Civil Veterinary Department Bihar reports 1936-40 - 1936-1940
Year: 1936
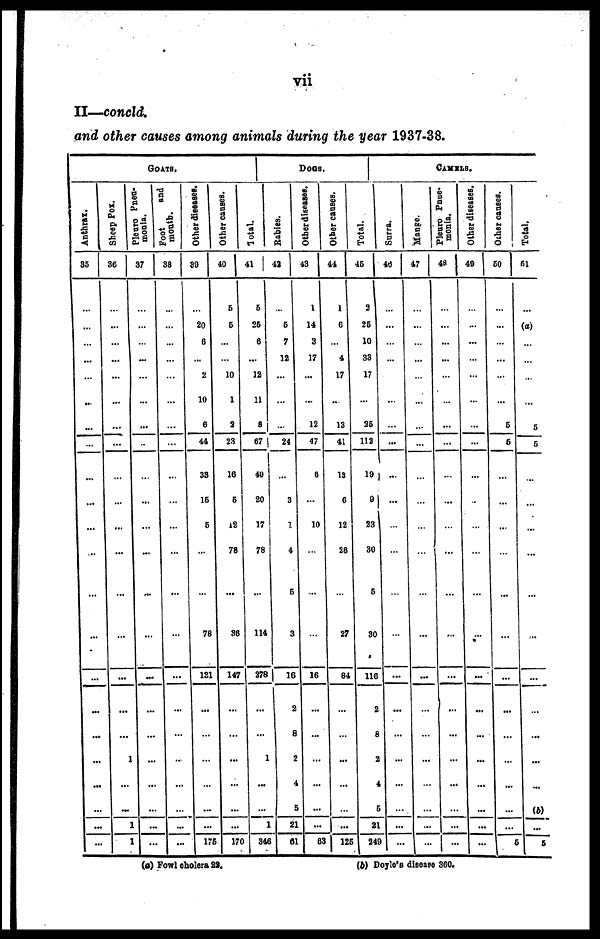
vii
II—concld.
and other causes among animals during the year 1937-38.
GOATS.
Anthrax.
35
...
...
...
...
...
...
...
...
...
...
...
...
...
...
...
...
...
...
...
...
...
...
Sheep Pox.
36
...
...
...
...
...
...
...
...
...
...
...
...
...
...
...
...
...
1
...
...
1
1
monia.
37
...
...
...
...
...
...
...
...
...
...
...
...
...
...
...
...
...
...
...
...
...
...
Foot
and
mouth.
38
...
...
...
...
...
...
...
...
...
...
...
...
...
...
...
...
...
...
...
...
...
...
Other diseases.
39
...
20
6
...
2
10
6
44
33
16
5
...
...
78
131
...
...
...
...
...
...
175
Other causes.
40
6
5
...
...
10
1
2
23
16
6
l2
78
...
36
147
...
...
...
...
...
...
170
Total.
41
6
26
6
...
12
11
8
67
49
20
17
78
...
114
278
...
...
1
...
...
1
346
Does.
Sables.
42
...
6
7
12
...
...
...
24
...
3
7
4
5
3
16
2
8
2
4
5
21
61
Other diseases.
43
1
14
3
17
...
...
12
47
6
...
10
...
...
...
16
...
...
...
...
...
...
63
Other causes.
44
1
6
...
4
17
...
13
41
13
6
12
26
...
27
84
...
...
...
...
...
...
125
Total.
45
2
26
10
33
17
...
25
113
19
9
23
30
5
30
116
2
8
2
4
5
21
249
CAMELS.
Surra.
46
...
...
...
...
...
...
...
...
...
...
...
...
...
...
...
...
...
...
...
...
...
...
Mange.
47
...
...
...
...
...
...
...
...
...
...
...
...
...
...
...
...
...
...
...
...
...
...
Pleuro Pnue-
monia.
48
...
...
...
...
...
...
...
...
...
...
...
...
...
...
...
...
...
...
...
...
...
...
Other diseases.
49
...
...
...
...
...
...
...
...
...
...
...
...
...
...
...
...
...
...
...
...
...
...
Other causes.
50
...
...
...
...
...
...
5
5
...
...
...
...
...
...
...
...
...
...
...
...
...
5
Total.
51
...
(a)
...
...
...
...
5
5
...
...
...
...
...
...
...
...
...
...
...
(b)
...
5
(a) Fowl cholera 22.
(b) Doyle's disease 360.